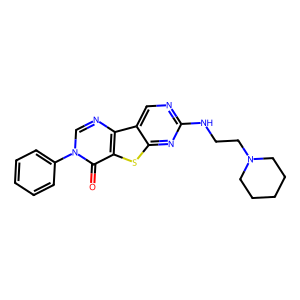
SMILES: O=c1c2sc3nc(NCCN4CCCCC4)ncc3c2ncn1-c1ccccc1
Inhibits HIV replication: No